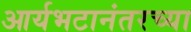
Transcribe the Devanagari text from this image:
आर्यभटानंतरच्या